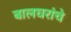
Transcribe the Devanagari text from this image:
बालघरांचे